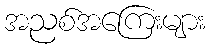
အညစ်အကြေးများ